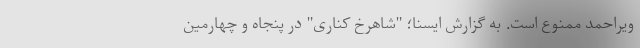
ویراحمد ممنوع است. به گزارش ایسنا؛ "شاهرخ کناری" در پنجاه و چهارمین